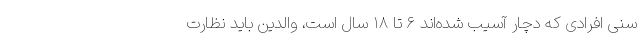
سنی افرادی که دچار آسیب شده‌اند ۶ تا ١٨ سال است، والدین باید نظارت